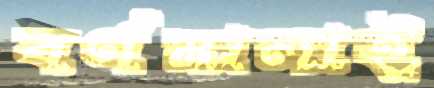
বর্ণমালাই